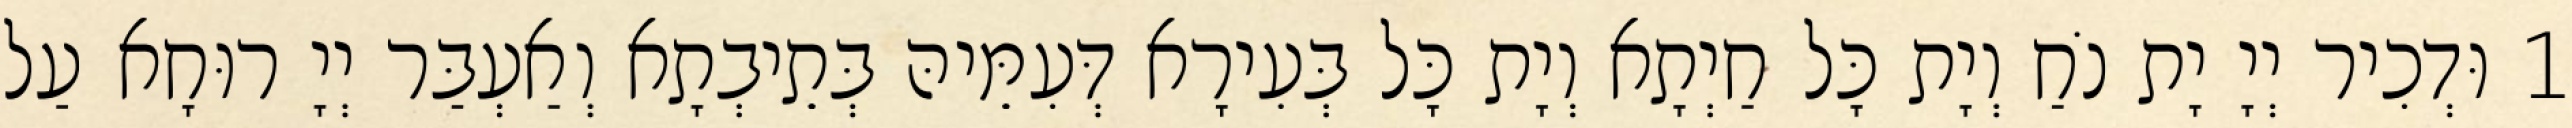
1 וּדְכִיר יְיָ יָת נֹחַ וְיָת כָּל חַיְתָא וְיָת כָּל בְּעִירָא דְּעִמֵּיהּ בְּתֵיבְתָא וְאַעְבַּר יְיָ רוּחָא עַל